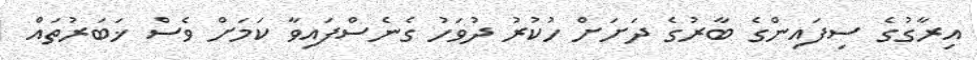
އިރާގުގެ ސިފައިންގެ ބާރުގެ ދަށަށް ހުކުރު ދުވަހު ގެނެސްފައިވާ ކަމަށް ވެސް ޚަބަރުތައް